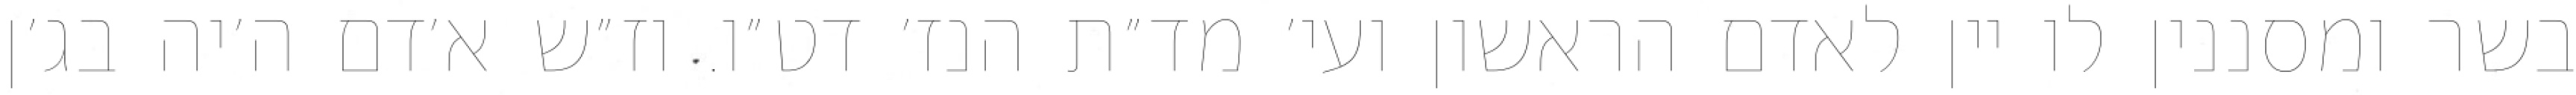
בשר ומסננין לו יין לאדם הראשון ועי׳ מד״ת הנז׳ דט״ו. וז״ש א׳דם ה׳יה בג׳ן